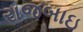
રાજબાઇ